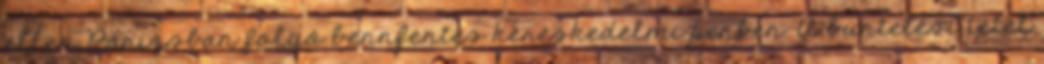
ellen Párizsban folyó bennfentes kereskedelmi perben. A büntetési tétel